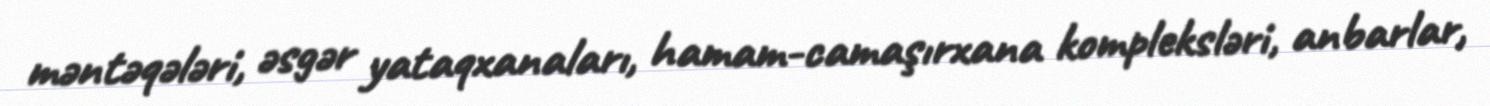
məntəqələri, əsgər yataqxanaları, hamam-camaşırxana kompleksləri, anbarlar,